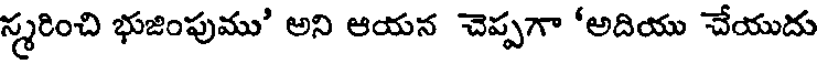
స్మరించి భుజింపుము' అని ఆయన చెప్పగా 'అదియు చేయుదు